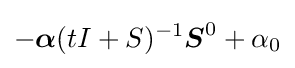
-{\boldsymbol {\alpha }}(tI+S)^{-1}{\boldsymbol {S}}^{0}+\alpha _{0}